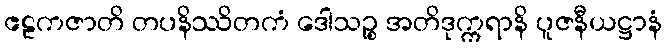
ဧဠကဇာတိ တပနိဿိတကံ ဒေါသဉ္စ အတိဒုက္ကရာနိ ပူဇနီယဋ္ဌာနံ